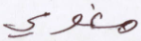
مغوي